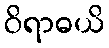
ဝိရာဓယိ